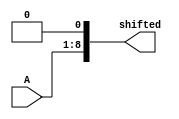
module left_shift (input [7:0]A,output reg[8:0] shifted);
always @ (*)
 begin
  shifted<=A<<1;
end
endmodule